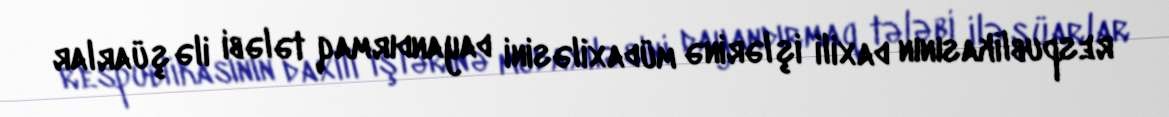
respublikasının daxili işlərinə müdaxiləsini dayandırmaq tələbi ilə şüarlar